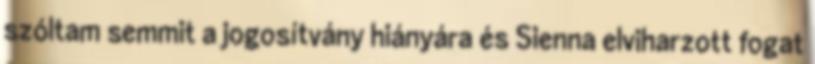
szóltam semmit a jogosítvány hiányára és Sienna elviharzott fogat